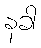
နခါ